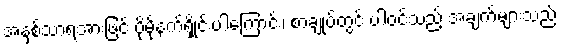
အနှစ်သာရအားဖြင့် ပိုမိုနက်ရှိုင်းပါကြောင်း၊ စာချုပ်တွင် ပါဝင်သည့် အချက်များသည်